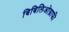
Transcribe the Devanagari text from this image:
बिबिलिओग्राफी